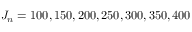
J _ { n } = 1 0 0 , 1 5 0 , 2 0 0 , 2 5 0 , 3 0 0 , 3 5 0 , 4 0 0